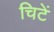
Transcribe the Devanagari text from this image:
चिटें